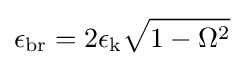
\epsilon _{\text{br}}=2\epsilon _{\text{k}}{\sqrt {1-\Omega ^{2}}}